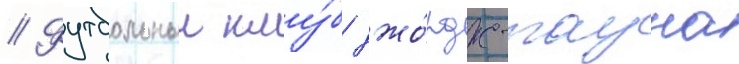
// Футбольныи клу́б джо́рдж-тауна